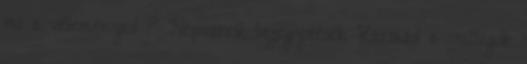
mi a véleményed ? Népszerű bejegyzések Karmád a csillagok